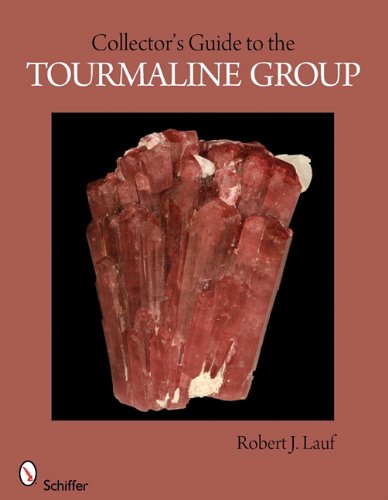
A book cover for Collector's Guide to the Tourmaline Group (Schiffer Earth Science Monographs); Robert J. Lauf; Sports & Outdoors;